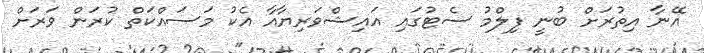
އޭނާ އިތުރަށް ބުނީ ފިލްމު ސެޓުގައި އައިޝްވަރިޔާއާ އެކު މަސައްކަތް ކުރަން ވަރަށް